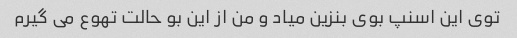
توی این اسنپ بوی بنزین میاد و من از این بو حالت تهوع می گیرم